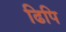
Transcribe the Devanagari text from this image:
ढिपि